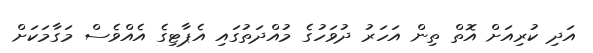
އަދި ކުރިއަށް އޮތް ތިން އަހަރު ދުވަހުގެ މުއްދަތުގައި އެޕާޓިގެ އެއްވެސް މަގާމަކަށް